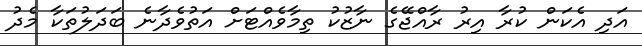
އަދި އެކަން ކުރާ އިރު ރާއްޖޭގެ ނާޒުކު ތިމާވެއްޓަށް އަތުވެދާނެ ބަދަލުތަކާ މެދު